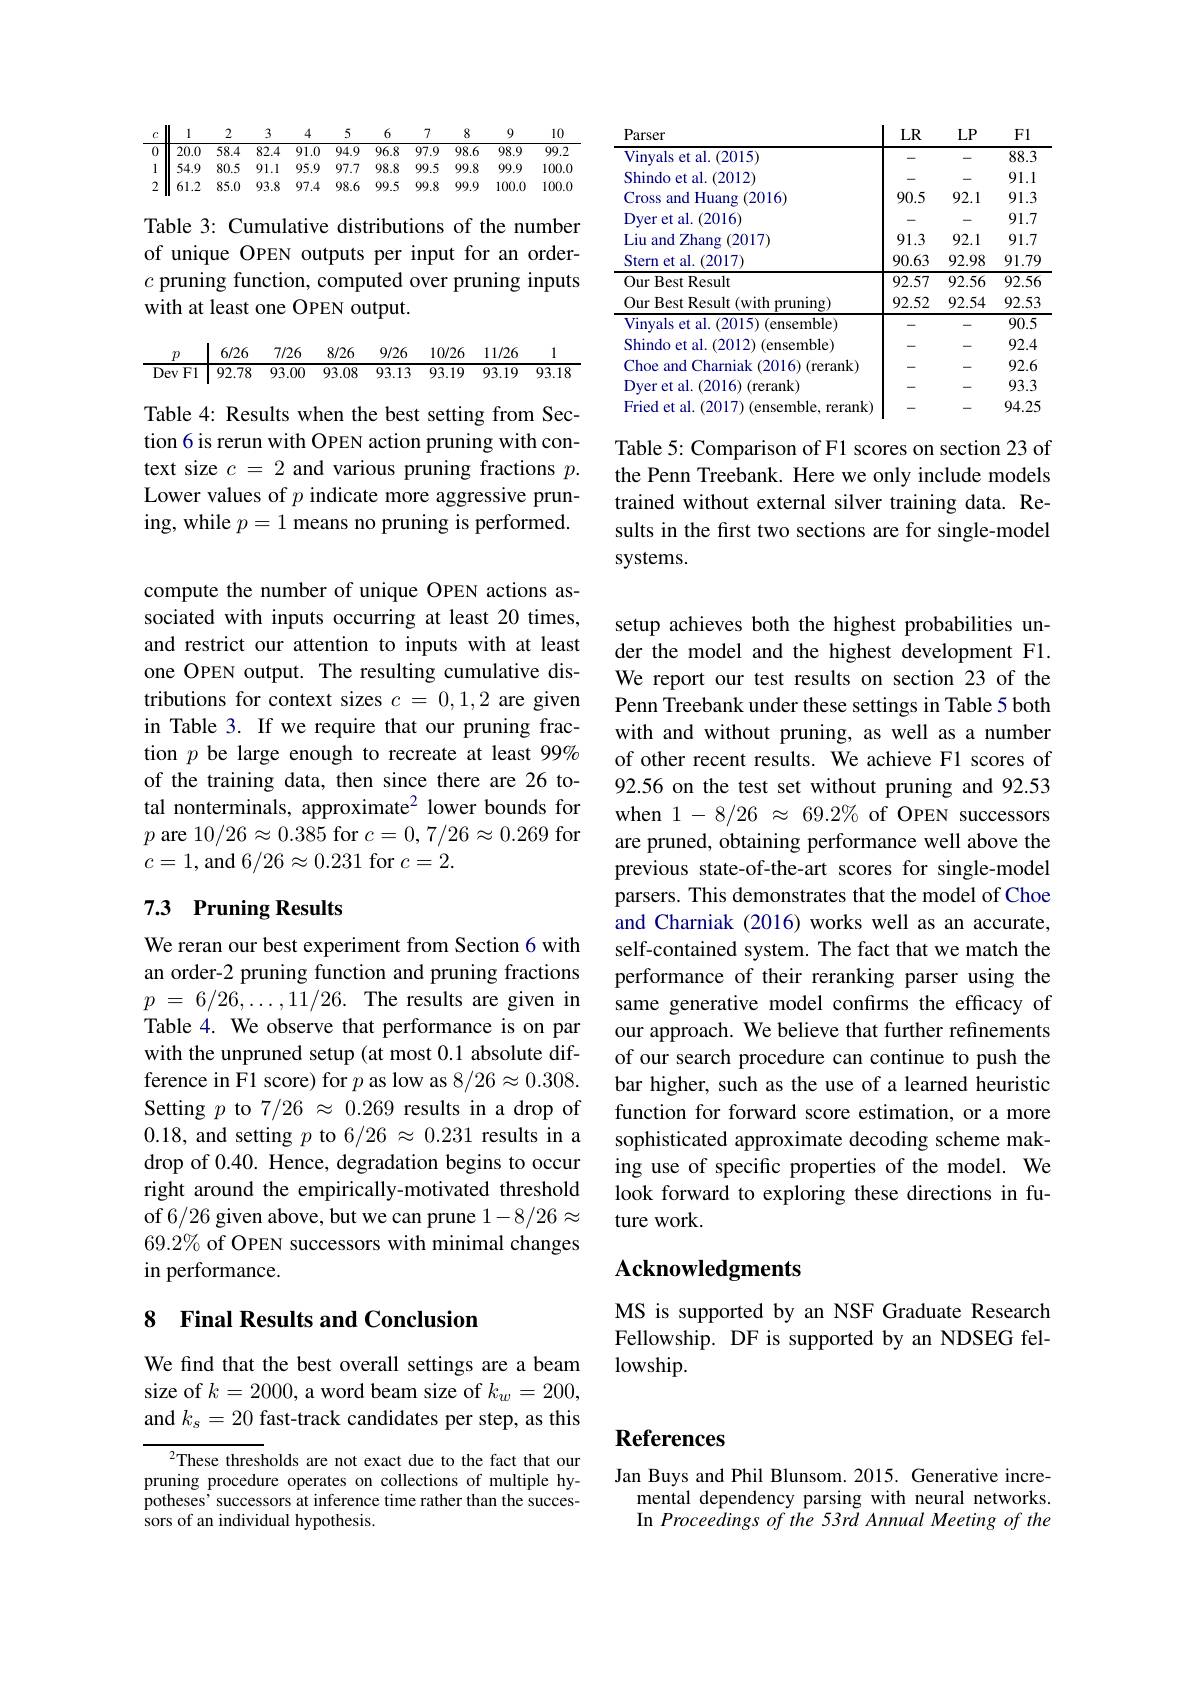
<table>
	<tbody>
		<tr>
			<th>$C$</th>
			<th>I 1</th>
			<th>2</th>
			<th>3</th>
			<th>4</th>
			<th>5</th>
			<th>6</th>
			<th>7</th>
			<th>8</th>
			<th>9</th>
			<th>10</th>
		</tr>
		<tr>
			<td>0</td>
			<td>20.0</td>
			<td>58.4</td>
			<td>82.4</td>
			<td>91.0</td>
			<td>94.9</td>
			<td>96.8</td>
			<td>97.9</td>
			<td>98.6</td>
			<td>98.9</td>
			<td>99.2</td>
		</tr>
		<tr>
			<td>1</td>
			<td>54.9</td>
			<td>80.5</td>
			<td>91.1</td>
			<td>95.9</td>
			<td>97.7</td>
			<td>98.8</td>
			<td>99.5</td>
			<td>99.8</td>
			<td>99.9</td>
			<td>100.(</td>
		</tr>
		<tr>
			<td>2</td>
			<td>61.2</td>
			<td>85.0</td>
			<td>93.8</td>
			<td>97.4</td>
			<td>98.6</td>
			<td>99.5</td>
			<td>99.8</td>
			<td>99.9</td>
			<td>100.0</td>
			<td>100.(</td>
		</tr>
	</tbody>
</table>

Table 3: Cumulative distributions of the number of unique OPEN outputs per input for an order- $c$ pruning function, computed over pruning inputs with at least one OPEN output.

<table>
	<tbody>
		<tr>
			<th>$p$</th>
			<th>6/26</th>
			<th>7/26</th>
			<th>8/26</th>
			<th>9/26</th>
			<th>10/26</th>
			<th>11/26</th>
			<th>1</th>
		</tr>
		<tr>
			<td>Dev Fl</td>
			<td>92.78</td>
			<td>93.00</td>
			<td>93.08</td>
			<td>93.13</td>
			<td>93.19</td>
			<td>93.19</td>
			<td>93.18</td>
		</tr>
	</tbody>
</table>

Table 4: Results when the best setting from Section 6 is rerun with OPEN action pruning with context size $c=2$ and various pruning fractions $p.$ Lower values of $p$ indicate more aggressive pruning, while $p=1$ means no pruning is performed.

compute the number of unique OPEN actions associated with inputs occurring at least 20 times, and restrict our attention to inputs with at least one OPEN output. The resulting cumulative distributions for context sizes $c=0,1,2$ are given in Table 3. If we require that our pruning fraction $p$ be large enough to recreate at least 99% of the training data, then since there are 26 total nonterminals, approximate$^2$ lower bounds for $p$ are $10/26\approx0.385$ for $c=0,7/26\approx0.269$ for $c=1$,and $6/26\approx0.231$ for $c=2.$

## 7.3 Pruning Results

We reran our best experiment from Section 6 with an order-2 pruning function and pruning fractions $p$ = $6/ 26, \ldots , 11/ 26.$ The results are given in Table 4. We observe that performance is on par with the unpruned setup (at most 0.1 absolute difference in F1 score) for $p$ as low as 8/26$\approx0.308.$ Setting $p$ to 7/26 $\approx0.269$ results in a drop of 0.18, and setting $p$ to $6/26\approx0.231$ results in a drop of 0.40. Hence, degradation begins to occur right around the empirically-motivated threshold of 6/26 given above, but we can prune $1-8/26\approx$ $69.2\% of OPEN successors with minimal changes$ in performance.

## 8 Final Results and Conclusion

We find that the best overall settings are a beam size of $k=2000$, a word beam size of $k_w=200$, and $k_s=20$ fast-track candidates per step, as this

These thresholds are not exact due to the fact that our pruning procedure operates on collections of multiple hypotheses' successors at inference time rather than the successors of an individual hypothesis.

<table>
	<tbody>
		<tr>
			<th>Parser</th>
			<th>$LR$</th>
			<th>$LP$</th>
			<th>FI</th>
		</tr>
		<tr>
			<td>Vinyals et al. (2015)</td>
			<td> </td>
			<td>-</td>
			<td>88.3</td>
		</tr>
		<tr>
			<td>Shindo et al 1.(2012)</td>
			<td>-</td>
			<td>-</td>
			<td>91.1</td>
		</tr>
		<tr>
			<td>(2016) Cross and Huang</td>
			<td>90.5</td>
			<td>92.1</td>
			<td>91.3 $\frac{1}{2}=\frac{1}{2}=\frac{1}{2}$</td>
		</tr>
		<tr>
			<td>Dyer et al. (2016)</td>
			<td>-</td>
			<td>-</td>
			<td>91.7</td>
		</tr>
		<tr>
			<td>Liu and Zhang g$\left ( 2017\right )$</td>
			<td>91.3</td>
			<td>92.1</td>
			<td>91.7</td>
		</tr>
		<tr>
			<td>Stern et al. (2017)</td>
			<td>90.63</td>
			<td>92.98</td>
			<td>91.79</td>
		</tr>
		<tr>
			<td>Our Best Result</td>
			<td>92.57</td>
			<td>92.56</td>
			<td>92.56</td>
		</tr>
		<tr>
			<td>Our Best Result (with pruning)</td>
			<td>92.52</td>
			<td>92.54</td>
			<td>92.53</td>
		</tr>
		<tr>
			<td>Vinyals et al. (2015) (ensemble)</td>
			<td>- -</td>
			<td>-</td>
			<td>90.5</td>
		</tr>
		<tr>
			<td>Shindo et al. (2012) ) (ensemble)</td>
			<td>-</td>
			<td>-</td>
			<td>92.4</td>
		</tr>
		<tr>
			<td>Choe and Charniak (2016) (rerank)</td>
			<td>-</td>
			<td>-</td>
			<td>92.6</td>
		</tr>
		<tr>
			<td>Dyer et al. (2016) (rerank)</td>
			<td>-</td>
			<td>-</td>
			<td>93.3</td>
		</tr>
		<tr>
			<td>Fried et al. (2017) ( ensemble, rerank) </td>
			<td>-</td>
			<td>-</td>
			<td>94.25</td>
		</tr>
	</tbody>
</table>

Table 5: Comparison of F1 scores on section 23 of the Penn Treebank. Here we only include models trained without external silver training data. Results in the first two sections are for single-model systems.

setup achieves both the highest probabilities under the model and the highest development F1. We report our test results on section 23 of the Penn Treebank under these settings in Table 5 both with and without pruning, as well as a number of other recent results. We achieve F1 scores of 92.56 on the test set without pruning and 92.53 when $1-8/26\approx69.2\%$ of OPEN successors are pruned, obtaining performance well above the previous state-of-the-art scores for single-model parsers. This demonstrates that the model of Choe and Charniak (2016) works well as an accurate, self-contained system. The fact that we match the performance of their reranking parser using the same generative model confirms the efficacy of our approach. We believe that further refinements of our search procedure can continue to push the bar higher, such as the use of a learned heuristic function for forward score estimation, or a more sophisticated approximate decoding scheme making use of specific properties of the model. We look forward to exploring these directions in future work.

## Acknowledgments

MS is supported by an NSF Graduate Research Fellowship. DF is supported by an NDSEG fel- $lowship.$

# References

Jan Buys and Phil Blunsom.2015. Generative incre-
mental dependency parsing with neural networks. In Proceedings of the 53rd Annual Meeting of the